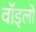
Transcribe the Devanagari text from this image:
वॉड्लो